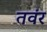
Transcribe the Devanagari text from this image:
तवंर